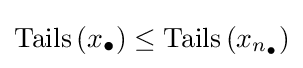
\operatorname {Tails} \left(x_{\bullet }\right)\leq \operatorname {Tails} \left(x_{n_{\bullet }}\right)